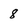
Character: 8